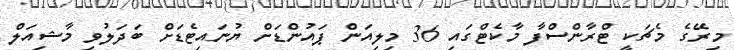
މިރޭގެ މެޗަކީ ޓްރާންސްފާ މާކެޓްގައި 36 މިލިއަން ޕައުންޑަށް ޔުނައިޓެޑަށް ބަދަލުވި މާޝިއަލް